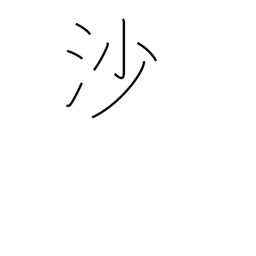
Meaning: sand